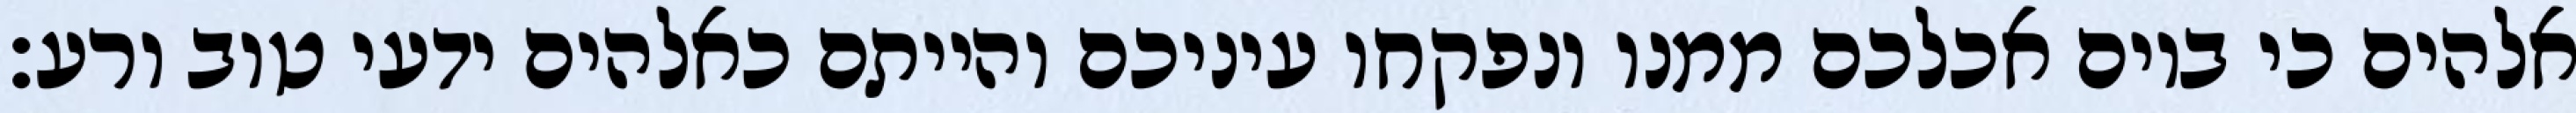
אלהים כי ביום אכלכם ממנו ונפקחו עיניכם והייתם כאלהים ידעי טוב ורע׃